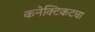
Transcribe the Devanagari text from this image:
कनेक्टिकटचा